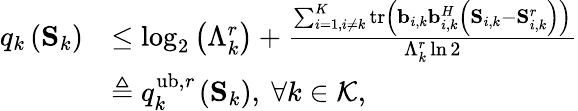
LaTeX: \begin{array}{rl}{q_{k}\left(\mathbf S_{k}\right)}&{\leq\log_{2}\left(\Lambda_{k}^{r}\right)+\frac{\sum_{i=1,i\neq k}^{K}\mathrm{tr}\left(\mathbf b_{i,k}\mathbf b_{i,k}^{H}\left(\mathbf S_{i,k}-\mathbf S_{i,k}^{r}\right)\right)}{\Lambda_{k}^{r}\ln 2}}\\ &{\triangleq q_{k}^{\mathrm{ub,\mathit r}}\left(\mathbf S_{k}\right),\ \forall k\in\mathcal K,}\end{array}